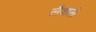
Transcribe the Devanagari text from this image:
लैशले